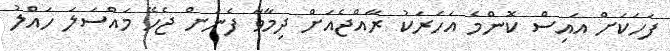
ފަހަކަށް އައިސް ކޮންމެ އަހަރަކު ރާއްޖެއަށް ދިމާވާ ފެނަށް ޖެހޭ މައްސަލަ ހައްލު